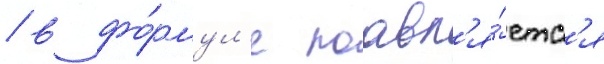
/ в фо́рмул'е поавл'я́етс'я